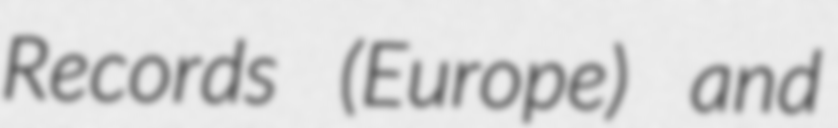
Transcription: Records (Europe) and